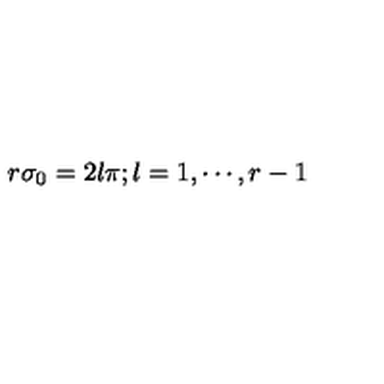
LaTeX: r \sigma _ { 0 } = 2 l \pi ; l = 1 , \cdots , r - 1